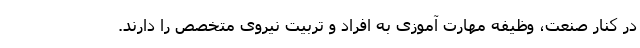
در کنار صنعت، وظیفه مهارت آموزی به افراد و تربیت نیروی متخصص را دارند.